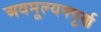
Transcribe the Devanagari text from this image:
अवमूल्यनपूर्ण